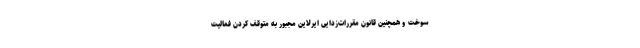
سوخت و همچنین قانون مقررات‌زدایی ایرلاین مجبور به متوقف کردن فعالیت